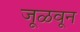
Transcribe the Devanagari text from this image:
जूळवून